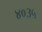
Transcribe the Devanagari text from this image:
४०३५